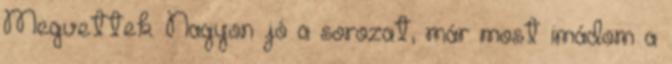
Megvettek. Nagyon jó a sorozat, már most imádom a